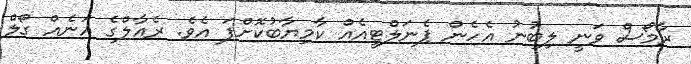
ރާމޯސް ވަނީ ލިބުނު އެހެން ޕެނަލްޓީއެއް ކާމިޔާބުކޮށްފަ އެވެ. ރެއާލްގެ އަނެއް ގޯލް